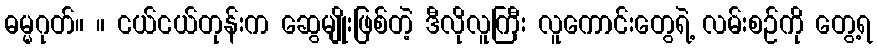
ဓမ္မဂုတ်။ ။ ငယ်ငယ်တုန်းက ဆွေမျိုးဖြစ်တဲ့ ဒီလိုလူကြီး လူကောင်းတွေရဲ့ လမ်းစဉ်ကို တွေ့ရ